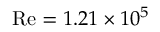
\mathrm { R e } = 1 . 2 1 \times 1 0 ^ { 5 }